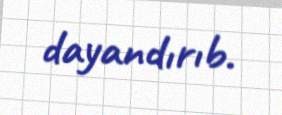
dayandırıb.